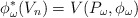
\begin{align*}\phi_{\omega}^*(V_n) = V(P_{\omega}, \phi_{\omega})\\\end{align*}